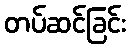
တပ်ဆင်ခြင်း